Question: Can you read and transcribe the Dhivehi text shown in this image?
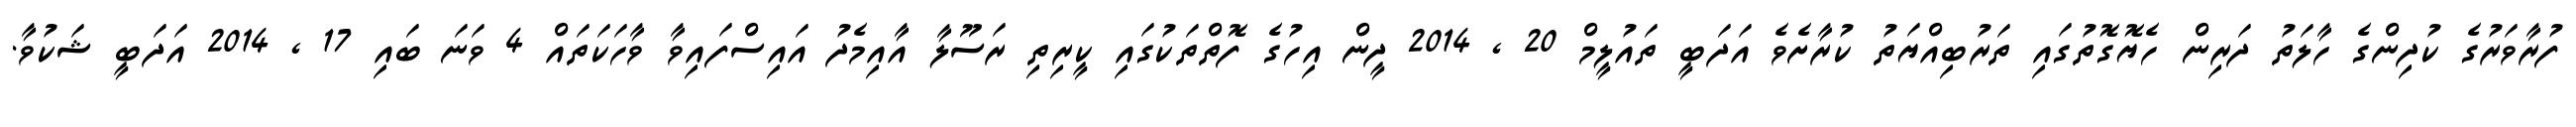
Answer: ފުރާވަރުގެ ކުދިންގެ ހާލަތު ދަރިން ހެޔޮގޮތުގައި ތަރުބިއްޔަތު ކުރާށެވެ އަދަބީ ތައުލީމް 20 , 2014 ދީން އިހުގެ ފޮތްތަކުގައި ކީރިތި ރަސޫލާ އާއިމެދު އައިސްފައިވާ ވާހަކަތައް 4 ވަނަ ބައި 17 , 2014 އަދަބީ ޝަކުވާ.